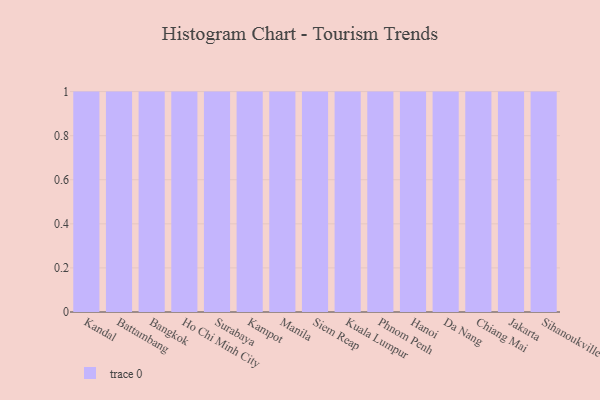
{"axis": {"x": "City", "y": "Net Income (USD K)"}, "legend": [""], "data": [{"x": "Kandal", "y": 81, "type": ""}, {"x": "Battambang", "y": 35, "type": ""}, {"x": "Bangkok", "y": 2, "type": ""}, {"x": "Ho Chi Minh City", "y": 84, "type": ""}, {"x": "Surabaya", "y": 23, "type": ""}, {"x": "Kampot", "y": 51, "type": ""}, {"x": "Manila", "y": 82, "type": ""}, {"x": "Siem Reap", "y": 81, "type": ""}, {"x": "Kuala Lumpur", "y": 51, "type": ""}, {"x": "Phnom Penh", "y": 40, "type": ""}, {"x": "Hanoi", "y": 29, "type": ""}, {"x": "Da Nang", "y": 48, "type": ""}, {"x": "Chiang Mai", "y": 52, "type": ""}, {"x": "Jakarta", "y": 23, "type": ""}, {"x": "Sihanoukville", "y": 80, "type": ""}]}